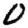
Digit: 0